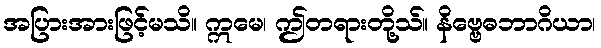
အပြားအားဖြင့်မသိ။ ဣမေ၊ ဤတရားတို့သ်။ နိဗ္ဗေဓဘာဂိယာ၊